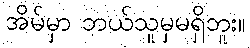
အိမ်မှာ ဘယ်သူမှမရှိဘူး။